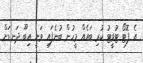
އެ ފޮޓޯ ޓުވީޓު ކުރި ބައެއް މީހުން ބުނެފައި ވަނީ އިބޫ ދަނޑަށް